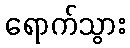
ရောက်သွား